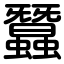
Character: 蠶